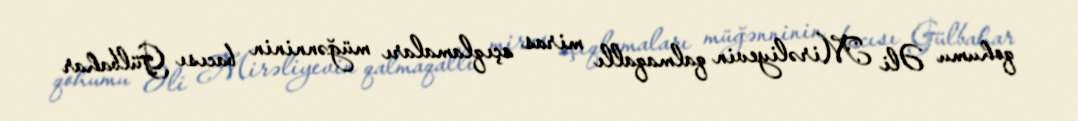
qohumu Əli Mirəliyevin qalmaqallı miras açıqlamaları müğənninin bacısı Gülbahar